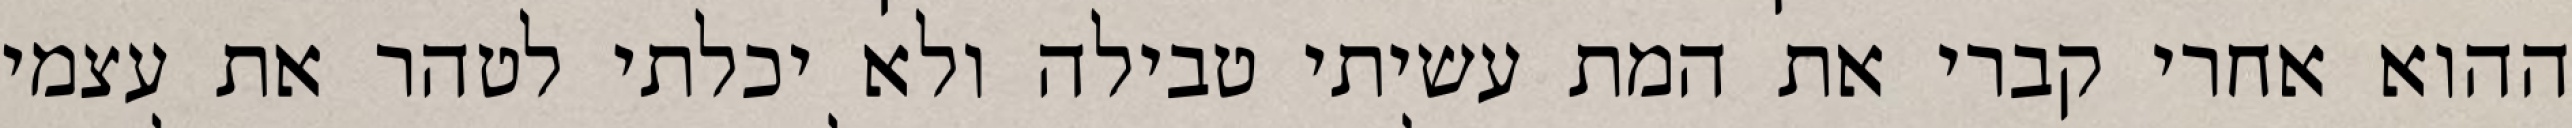
ההוא אחרי קברי את המת עשיתי טבילה ולא יכלתי לטהר את עצמי